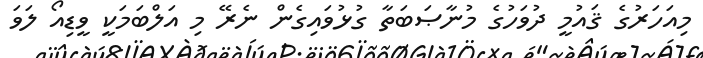
މިއަހަރުގެ ޤައުމީ ދުވަހުގެ މުނާޞަބަތާ ގުޅުވައިގެން ނެރޭ މި އަލްބަމަކީ ވީޑިއޯ ލަވަ